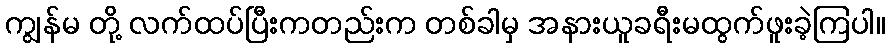
ကျွန်မ တို့ လက်ထပ်ပြီးကတည်းက တစ်ခါမှ အနားယူခရီးမထွက်ဖူးခဲ့ကြပါ။